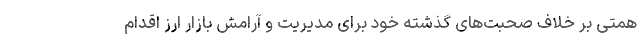
همتی بر خلاف صحبت‌های گذشته خود برای مدیریت و آرامش بازار ارز اقدام